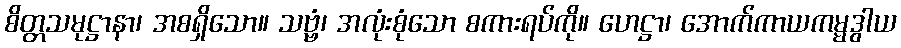
စိတ္တသမုဋ္ဌာနာ၊ အစရှိသော။ သဗ္ဗံ၊ အလုံးစုံသော စကားရပ်ကို။ ဟေဋ္ဌာ၊ အောက်ကာယကမ္မဒွါယ